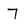
Character: 7